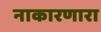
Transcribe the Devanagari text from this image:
नाकारणारा